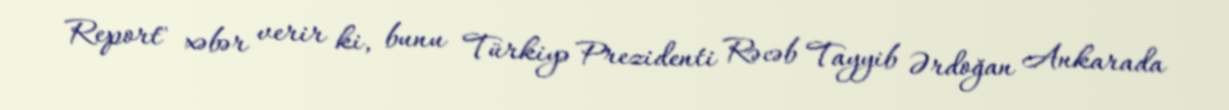
Report" xəbər verir ki, bunu Türkiyə Prezidenti Rəcəb Tayyib Ərdoğan Ankarada